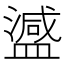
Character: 𬐴